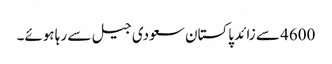
4600 سے زائد پاکستان سعودی جیل سے رہا ہوئے۔